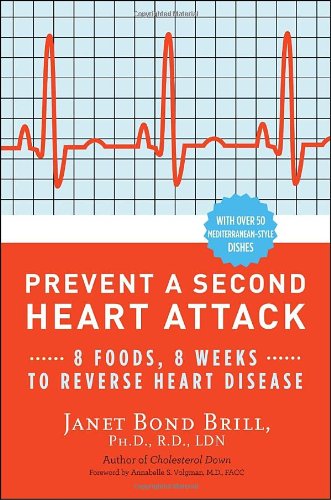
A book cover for Prevent a Second Heart Attack: 8 Foods, 8 Weeks to Reverse Heart Disease; Janet Bond Brill Ph.D.  R.D; Cookbooks, Food & Wine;